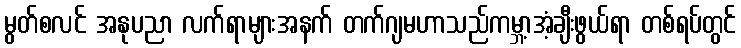
မွတ်စလင် အနုပညာ လက်ရာများအနက် တက်ဂျမဟာသည်ကမ္ဘာ့အံ့ချီးဖွယ်ရာ တစ်ရပ်တွင်